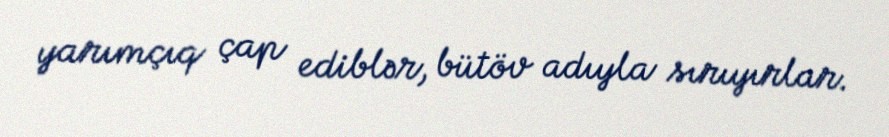
yarımçıq çap ediblər, bütöv adıyla sırıyırlar.